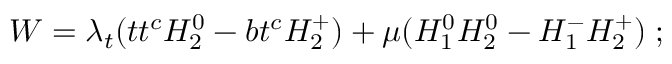
W = \lambda _ { t } ( t t ^ { c } H _ { 2 } ^ { 0 } - b t ^ { c } H _ { 2 } ^ { + } ) + \mu ( H _ { 1 } ^ { 0 } H _ { 2 } ^ { 0 } - H _ { 1 } ^ { - } H _ { 2 } ^ { + } ) \; ;